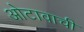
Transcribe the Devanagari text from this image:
ओटावाची